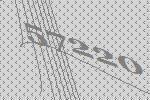
57220